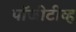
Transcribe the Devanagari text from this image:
पॉजीटीव्ह